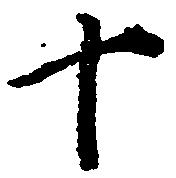
十